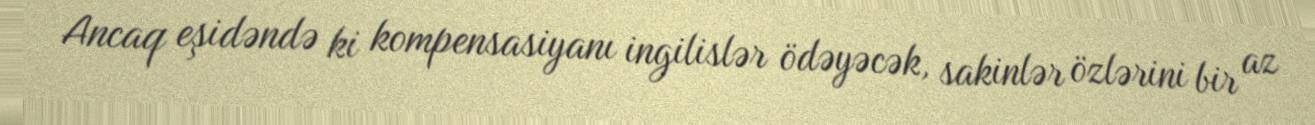
Ancaq eşidəndə ki kompensasiyanı ingilislər ödəyəcək, sakinlər özlərini bir az